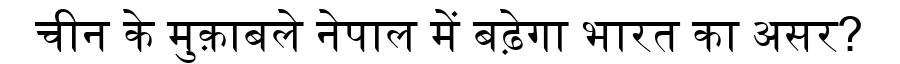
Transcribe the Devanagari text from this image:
चीन के मुक़ाबले नेपाल में बढ़ेगा भारत का असर?